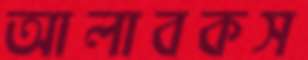
আলাবকস